Report of the Municipal Commissioner on the plague in Bombay for the year ending 31st May... - Volume 1
Disease focus: Plague
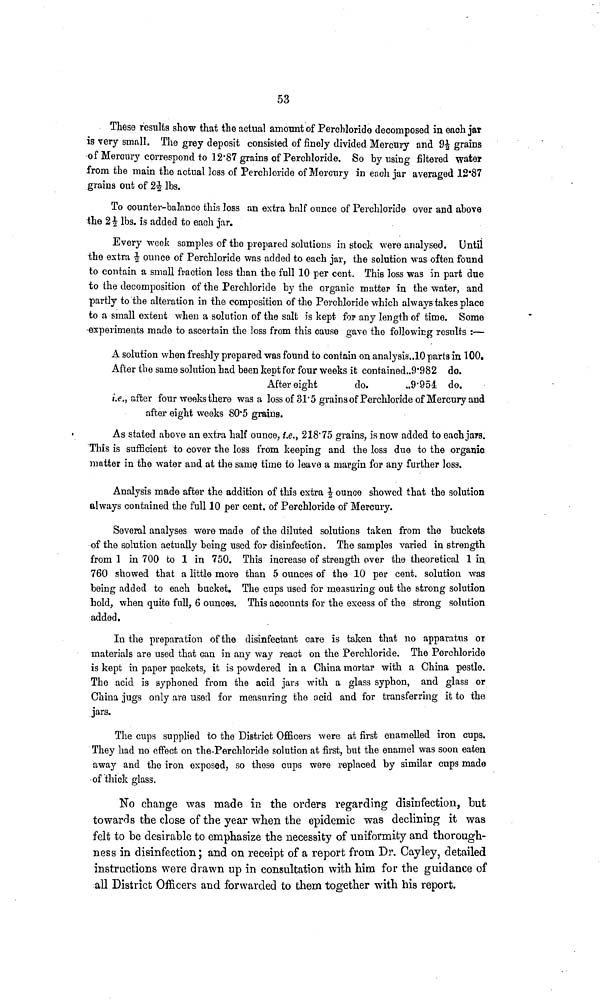
53
These results show that the actual amount of Perchloride decomposed in each jar
is very small. The grey deposit consisted of finely divided Mercury ond 91/2 grains
of Mercury correspond to 12'87 grains of Perchloride. So by using filtered water
from the main the actual loss of Perchloride of Mercury in each jar averaged 12*87
grains out of 21/2 Ibs.
To counter-balance this loss an extra half ounce of Perchloride over and above
the 21/2 Ibs. is added to each jar.
Every week samples of the prepared solutions in stock were analysed. Until
the extra 1/2 ounce of Perchloride was added to each jar, the solution was often found
to contain a small fraction less than the full 10 per cent. This loss was in part due
to the decomposition of the Perchloride by the organic- matter in the water, and
partly to the alteration in the composition of the Perchloride which always takes place
to a small extent when a solution of the salt is kept fop any length of time. Some
experiments made to ascertain the loss from this cause gave the following results :—
A solution when freshly prepared was found to contain on analysis.,10 parts in 100.
After the same solution had been kept for four weeks it contained..9'982 do.
After eight
do.
..9'9 54 do.
i.e., after four weeks there was a loss of 31'5 grains of Perchloride of Mercury and
after eight weeks 80*5 grains.
As stated above an extra half ounce, i.e., 218.75 grains, is now added to each jars.
This is sufficient to cover the loss from keeping and the loss due to the organic
matter in the water and at the same time to leave a margin for any further loss.
Analysis made after the addition of this extra 1/2 ounce showed that the solution
always contained the full 10 per cent, of Perchloride of Mercury.
Several analyses were made of the diluted solutions taken from the buckets
of the solution actually being used for disinfection. The samples varied in strength
from 1 in 700 to 1 in 750. This increase of strength over the theoretical 1 in
760 showed that a little more than 5 ounces of the 10 per cent, solution was
being added to each bucket. The cups used for measuring out the strong solution
hold, when quite full, 6 ounces. This accounts for the excess of the strong solution
added.
In the preparation of the disinfectant care is taken that no apparatus or
materials are used that can in any way react on the Perchloride. The Perchloride
is kept in paper packets, it is powdered in a China mortar with a China pestle.
The acid is syphoned from the acid jars with a glass syphon, and glass or
China jugs only are used for measuring the acid and for transferring it to the
jars.
The cups supplied to the District Officers were at first enamelled iron cups.
They had no effect on the Perchloride solution at first, but the enamel was soon eaten
away and the iron exposed, so these cups were replaced by similar cups made
of thick glass.
No change was made in the orders regarding disinfection, but
towards the close of the year when the epidemic was declining it was
felt to be desirable to emphasize the necessity of uniformity and thorough-
ness in disinfection ; and on receipt of a report from Dr. Cayley, detailed
instructions were drawn up in consultation with him for the guidance of
all District Officers and forwarded to them together with his report.